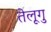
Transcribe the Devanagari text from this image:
तेलूगु